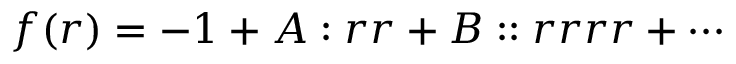
f ( \boldsymbol { r } ) = - 1 + \boldsymbol { A } : \boldsymbol { r r } + \boldsymbol { B } : : \boldsymbol { r r r r } + \cdots